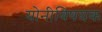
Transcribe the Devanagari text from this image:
योनीविषयक